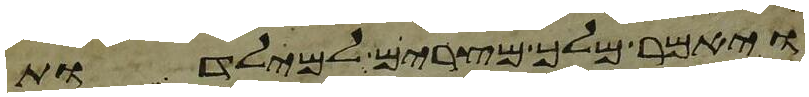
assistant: ויאמר מלך מצרים למילדות